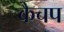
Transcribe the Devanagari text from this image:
कैचप